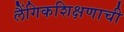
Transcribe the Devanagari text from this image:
लैंगिकशिक्षणाची